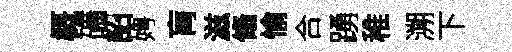
概礦詔娉肓滋翛愉合踴稚溯下